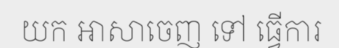
យក អាសាចេញ ទៅ ធ្វើការ